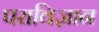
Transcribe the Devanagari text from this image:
पराविज्ञान